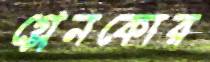
গ্লেনকোর